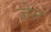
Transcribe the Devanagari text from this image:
जेत